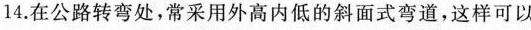
14.在公路转弯处，常采用外高内低的斜面式弯道，这样可以